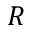
R